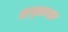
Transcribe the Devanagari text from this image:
अष्तावक्र